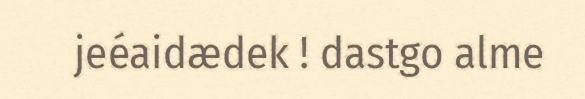
jeéaidædek ! dastgo alme